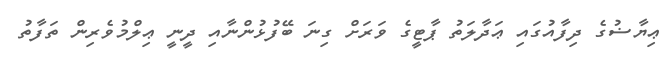
ޢިޔާޟުގެ ދިފާއުގައި ޢަދާލަތު ޕާޓީގެ ވަރަށް ގިނަ ބޭފުޅުންނާއި ދީނީ ޢިލްމުވެރިން ތަފާތު